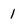
Character: 1